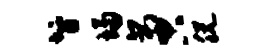
智埽啻脱